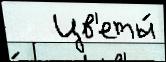
   Цв'еты́